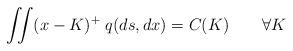
LaTeX: \begin{align*}\iint (x-K)^+ \; q(ds,dx) = C(K) \qquad\forall K\end{align*}